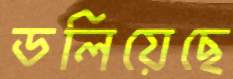
ডলিয়েছে